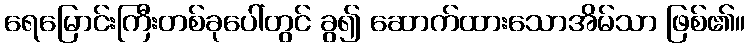
ရေမြောင်းကြီးတစ်ခုပေါ်တွင် ခွ၍ ဆောက်ထားသောအိမ်သာ ဖြစ်၏။